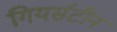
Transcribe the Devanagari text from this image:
गियर्सटीन